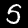
Digit: 5